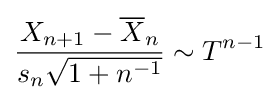
{\frac {X_{n+1}-{\overline {X}}_{n}}{s_{n}{\sqrt {1+n^{-1}}}}}\sim T^{n-1}